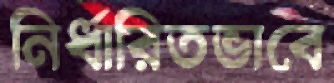
নির্ধারিতভাবে